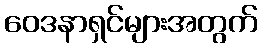
ဝေဒနာရှင်များအတွက်